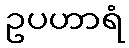
ဥပဟာရံ